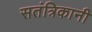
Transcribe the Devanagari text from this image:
सतंत्रिकानी